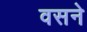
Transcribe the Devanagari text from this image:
वसने